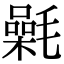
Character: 氉